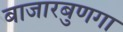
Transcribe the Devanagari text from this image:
बाजारबुणगा